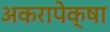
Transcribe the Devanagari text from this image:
अकरापेक्षा